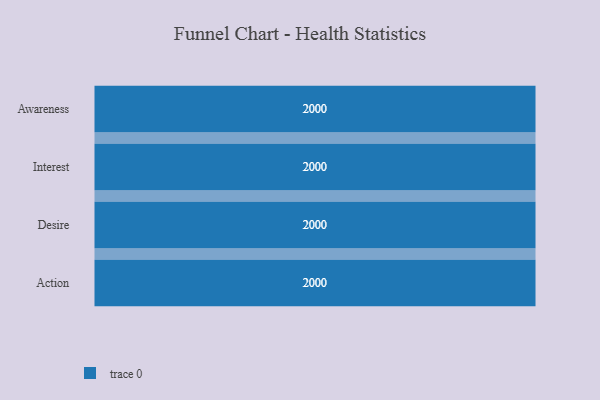
{"axis": {"x": "Stage", "y": "Value"}, "legend": [""], "data": [{"x": "Awareness", "y": 2000, "type": ""}, {"x": "Interest", "y": 2000, "type": ""}, {"x": "Desire", "y": 2000, "type": ""}, {"x": "Action", "y": 2000, "type": ""}]}